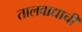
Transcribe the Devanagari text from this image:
तालवाद्याची